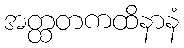
အတ္ထတကထိနာနံ